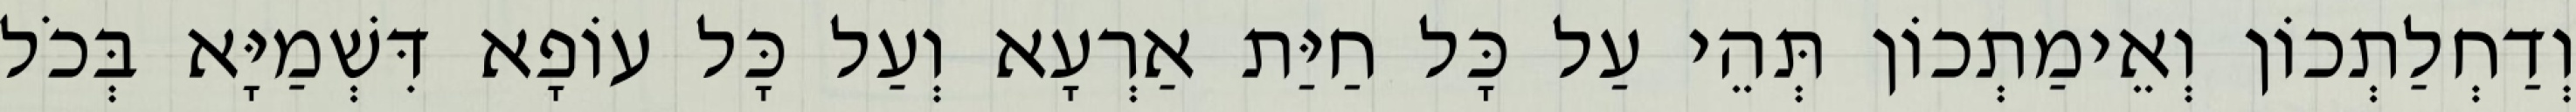
וְדַחְלַתְכוֹן וְאֵימַתְכוֹן תְּהֵי עַל כָּל חַיַּת אַרְעָא וְעַל כָּל עוֹפָא דִּשְׁמַיָּא בְּכֹל